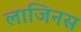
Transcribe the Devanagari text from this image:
लाजिनस